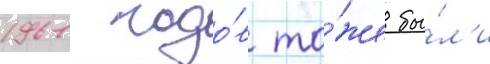
1961 годо́в то́же бы́л'и